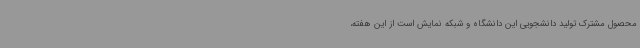
محصول مشترک تولید دانشجویی این دانشگاه و شبکه نمایش است از این هفته،